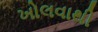
ખોલવાથી